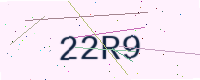
Text: 22R9